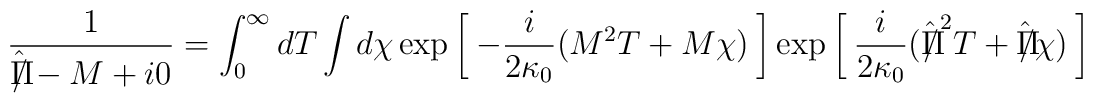
\frac{1}{\hat {\Pi \hspace{-8pt}/} - M + i 0} \> = \>\int_0^{\infty} dT \int d\chi \>  \exp \left [  \> - \frac{i}{2 \kappa_0} ( M^2 T + M \chi) \> \right ]\> \exp \left [  \> \frac{i}{2 \kappa_0} ( \hat {\Pi \hspace{-8pt}/}^2 T + \hat {\Pi \hspace{-8pt}/} \chi) \> \right ] \>